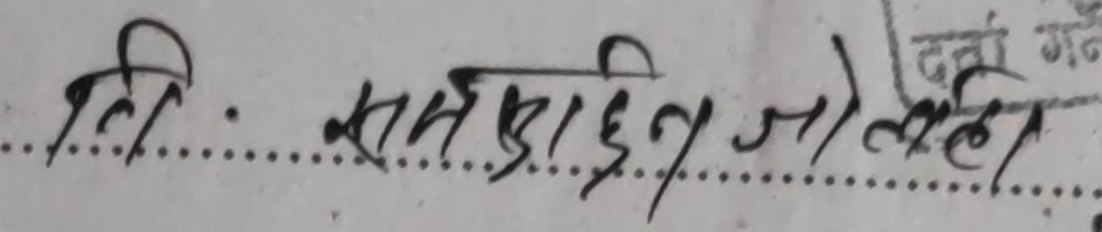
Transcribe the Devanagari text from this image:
ति. सनराइझिन जाल्हे ।